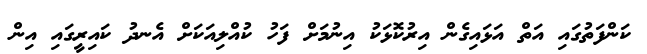
ކަންފަތުގައި އަތް އަޅައިގެން އިރުކޮޅަކު އިނުމަށް ފަހު ކުއްލިއަކަށް އެނދު ކައިރީގައި އިން